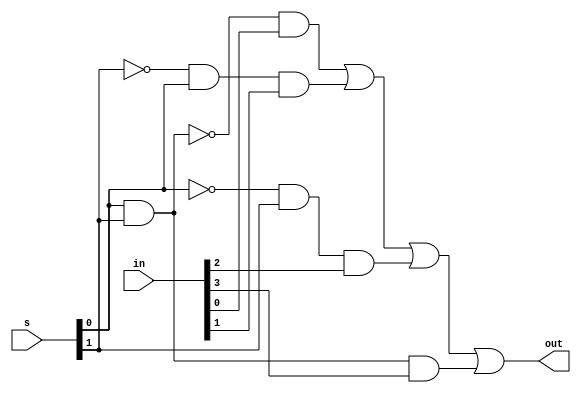
module four_to_one_assign (out, in, s);

output out;
wire out;
input [3:0] in;
input [1:0] s;

assign out = (~(s[0]&s[1])&in[0]) | ((~s[1])&s[0]&in[1]) | ((~s[0])&s[1]&in[2]) | (s[1]&s[0]&in[3]);

endmodule